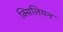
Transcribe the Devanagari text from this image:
क्सिलियन